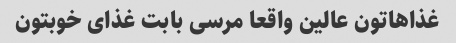
غذاهاتون عالین واقعا مرسی بابت غذای خوبتون